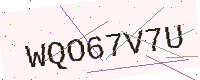
Text: WQO67V7U